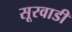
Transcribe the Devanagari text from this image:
सूरवाडी